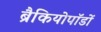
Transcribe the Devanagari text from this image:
ब्रैकियोपॉडों